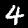
Label: 4